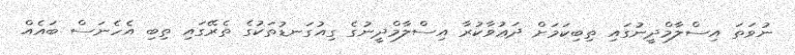
ނުވަތަ އިސްލާމްދީނުގައި ތިބިކަމަށް ދަޢުވާކުރާ އިސްލާމްދީނުގެ ގިއުގަނޑުތަކުގެ ތެރޭގައި ތިބި އެހެނަސް ބައެއް